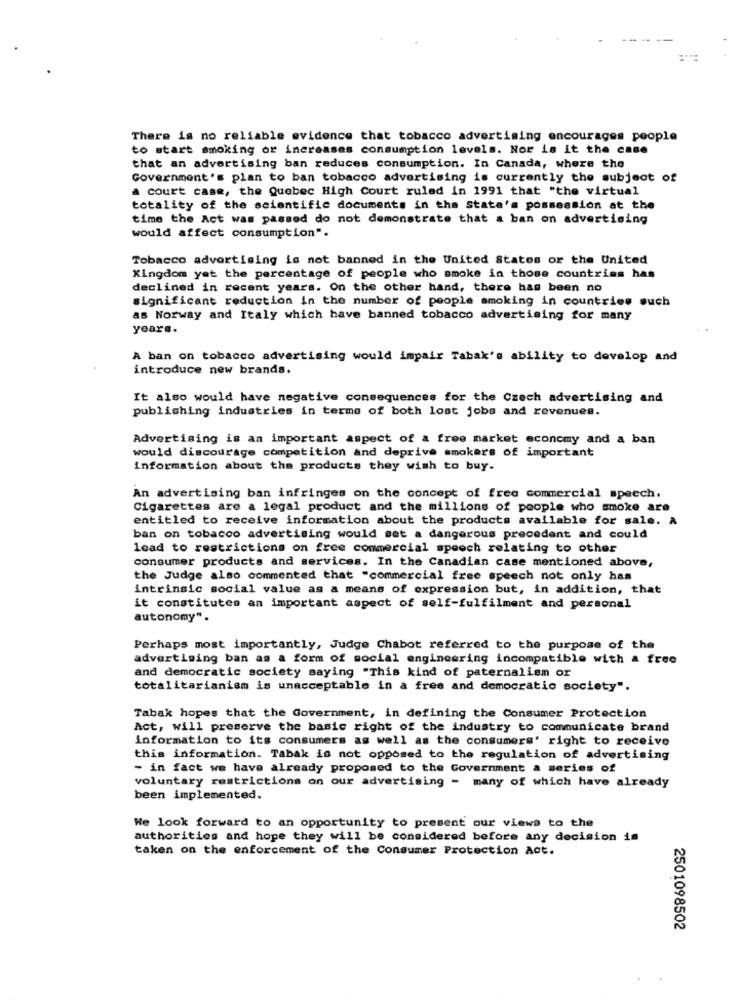
There is no reliable evidence that tobacco advertising encourages people
to start smoking or increases consumption levels. Nor is it the case
that an advertising ban reduces consumption. In Canada, where the
Government's plan to ban tobacco advertising is currently the subject of
a court case, the Quebec High Court ruled in 1991 that "the virtual
totality of the scientific documents in the state's possession at the
time the Act was passed do not demonstrate that a ban on advertising
would affect consumption".
Tobacco advertising is not banned in the United States or the United
Kingdom yet the percentage of people who smoke in those countries has
declined in recent years. On the other hand, there has been no
significant reduction in the number of people smoking in countries such
as Norway and Italy which have banned tobacco advertising for many
years.
A ban on tobacco advertising would impair Tabak's ability to develop and
introduce new brands.
It also would have negative consequences for the Czech advertising and
publishing industries in terme of both lost jobs and revenues.
Advertising is an important aspect of a free market economy and a ban
would discourage competition and deprive smokers of important
information about the products they wish to buy.
An advertising ban infringes on the concept of free commercial speech.
Cigarettes are a legal product and the millions of people who smoke are
entitled to receive information about the products available for sale. A
ban on tobacco advertising would set a dangerous precedent and could
lead to restrictions on free commercial spooch relating to other
consumer products and services. In the Canadian case mentioned above,
the Judge also commented that "commercial free speech not only has
intrinsic social value as a means of expression but, in addition, that
it constitutes an important aspect of self-fulfilment and personal
autonomy".
Perhaps most importantly, Judge Chabot referred to the purpose of the
advertising ban as a form of social engineering incompatible with a free
and democratic society saying "This kind of paternalism or
totalitarianism is unacceptable in a free and democratic society".
Tabak hopes that the Government, in defining the Consumer Protection
Act, will preserve the basic right of the industry to communicate brand
information to its consumers as well as the consumers' right to receive
this information. Tabak is not opposed to the regulation of advertising
- in fact we have already proposed to the Government a series of
voluntary restrictions on our advertising - many of which have already
been implemented.
We look forward to an opportunity to present our views to the
authorities and hope they will be considered before any decision in
taken on the enforcement of the Consumer Protection Act.
2501098502